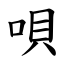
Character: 唄